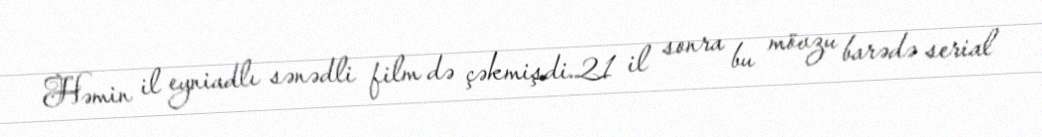
Həmin il eyniadlı sənədli film də çəkmişdi.21 il sonra bu mövzu barədə serial